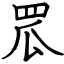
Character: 罛